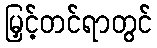
မြှင့်တင်ရာတွင်